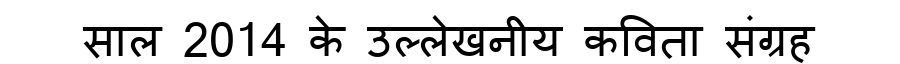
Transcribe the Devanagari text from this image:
साल 2014 के उल्लेखनीय कविता संग्रह